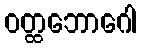
ဝတ္ထဘောဂေါ